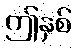
ဤနှစ်